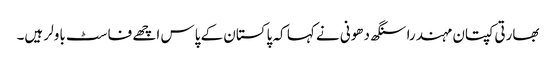
بھارتی کپتان مہندرا سنگھ دھونی نے کہا کہ پاکستان کے پاس اچھے فاسٹ باولر ہیں۔